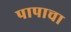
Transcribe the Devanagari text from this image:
पापाचा